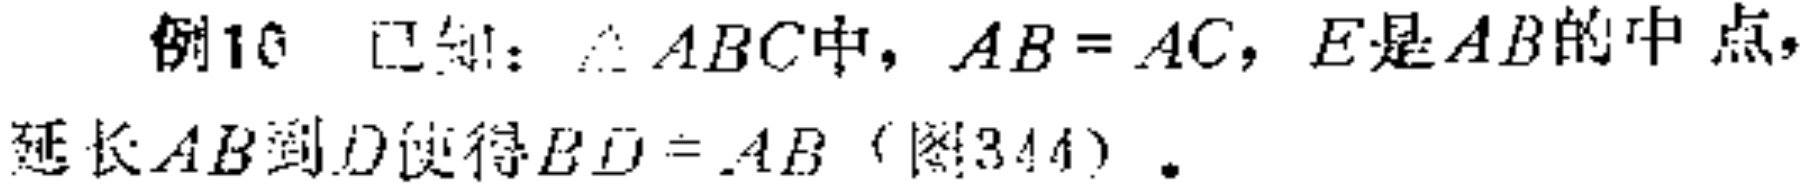
例10 已知：$\triangle ABC$中，$AB = AC$，$E$是$AB$的中点，延长$AB$到$D$使得$BD = AB$（图344）.